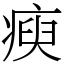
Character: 瘐